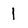
Character: l